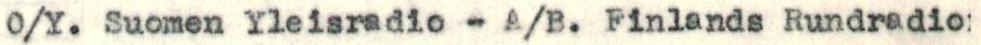
O/Y. Suomen Yleisradio - A/B. Finlands Rundradio: